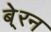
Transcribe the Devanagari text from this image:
बे्रन